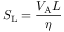
S _ { \mathrm { { L } } } = \frac { V _ { \mathrm { { A } } } L } { \eta }